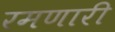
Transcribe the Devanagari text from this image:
रमणारी